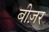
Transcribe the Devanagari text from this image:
बीज़र